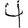
Digit: 4